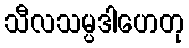
သီလသမ္ပဒါဟေတု